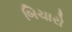
બિચારો